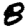
Digit: 8